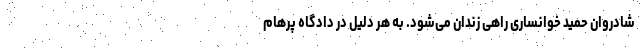
شادروان حمید خوانساری راهی زندان می‌شود. به هر دلیل در دادگاه پرهام